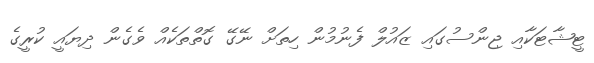
ޓީޝާޓަކާއި ޖިންސުގައި ޒައުލް ފެނުމުން ހިތަށް ނޭގޭ ގޮތްތަކެއް ވެގެން ދިޔައީ ކުރީގެ